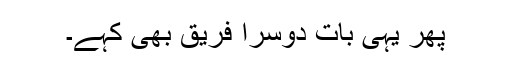
پھر یہی بات دوسرا فریق بھی کہے۔